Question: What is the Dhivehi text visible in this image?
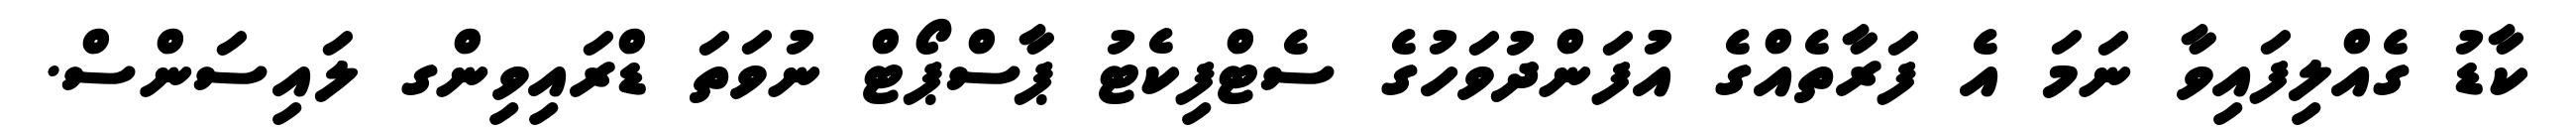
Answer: ކާޑު ގެއްލިފައިވާ ނަމަ އެ ފަރާތެއްގެ އުފަންދުވަހުގެ ސެޓްފިކެޓު ޕާސްޕޯޓް ނުވަތަ ޑްރައިވިންގ ލައިސަންސް.